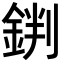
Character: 𨧘